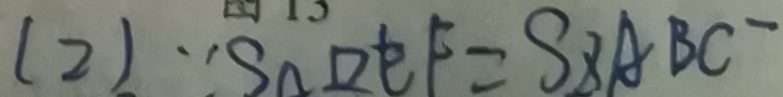
( 2 ) \because S _ { \Delta } D E F = S _ { \Delta A B C ^ { - } }